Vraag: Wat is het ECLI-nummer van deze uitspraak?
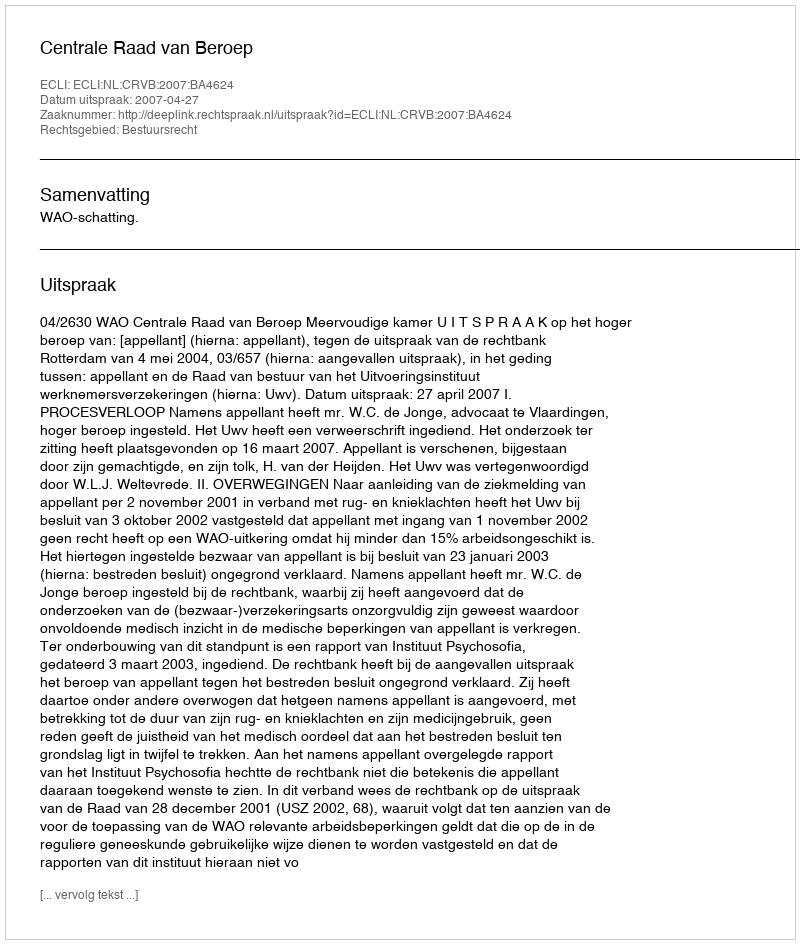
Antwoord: ECLI:NL:CRVB:2007:BA4624